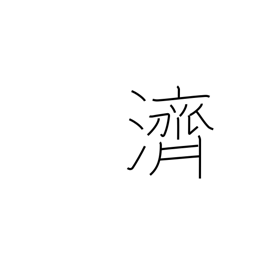
Meaning: to ferry